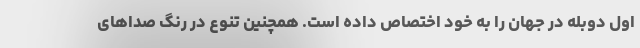
اول دوبله در جهان را به خود اختصاص داده است. همچنین تنوع در رنگ صداهای